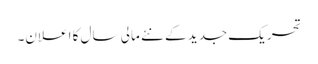
تحریک جدید کے نئے مالی سال کا اعلان۔